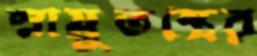
স্নায়ুতন্ত্রের